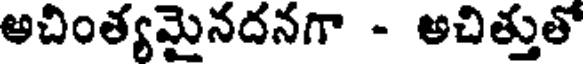
అచింత్యమైనదనగా - అచిత్తులో